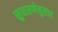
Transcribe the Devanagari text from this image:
सुधारणेनुसार